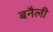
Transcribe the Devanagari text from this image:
बनैली